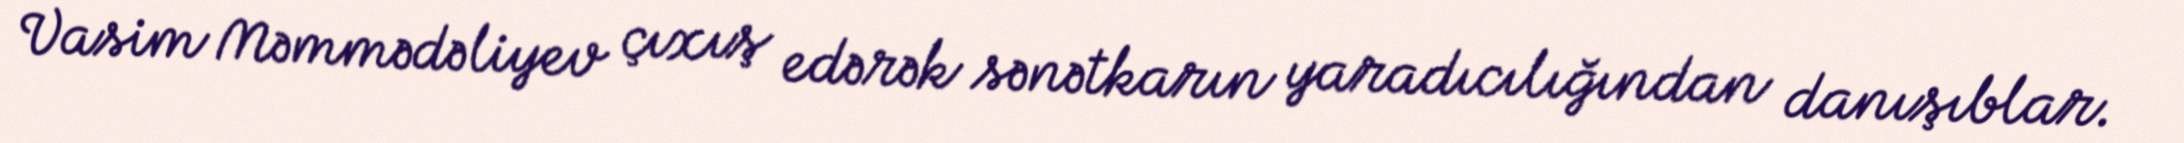
Vasim Məmmədəliyev çıxış edərək sənətkarın yaradıcılığından danışıblar.